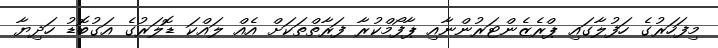
މިފަހަރުގެ ހަފުލާގައި ޕްރެޒެންޓަރުންނާއި ޕާފޯމްކުރާ ފަރާތްތަކަށް އެއް ލައްކަ ޑޮލަރުގެ އަގުބޮޑު ހަދިޔާ